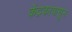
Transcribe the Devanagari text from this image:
केंद्रकापासून